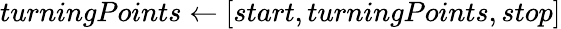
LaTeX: turningPoints\gets[start,turningPoints,stop]